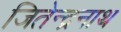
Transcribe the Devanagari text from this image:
जितेन्द्रनाथ